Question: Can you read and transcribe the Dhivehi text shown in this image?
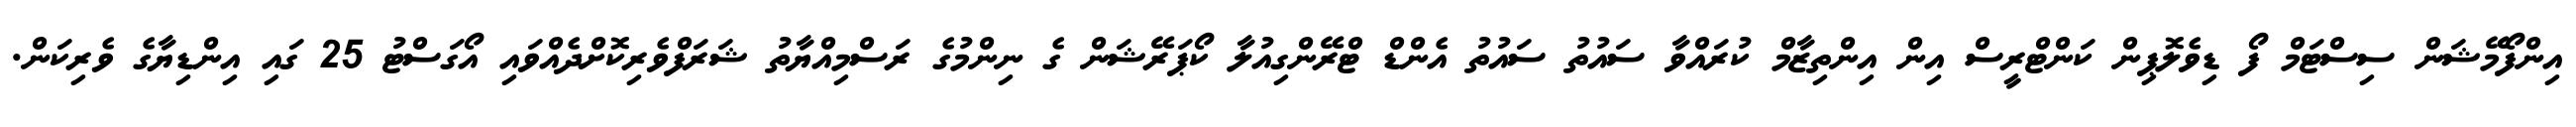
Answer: އިންފޯމޭޝަން ސިސްޓަމް ފޯ ޑިވެލޮޕިން ކަންޓްރީސް އިން އިންތިޒާމް ކުރައްވާ ސައުތު ސައުތު އެންޑް ޓްރޭންގިއުލާ ކޯޕަރޭޝަން ގެ ނިންމުގެ ރަސްމިއްޔާތު ޝަރަފްވެރިކޮށްދެއްވައި އޯގަސްޓު 25 ގައި އިންޑިޔާގެ ވެރިކަން.